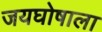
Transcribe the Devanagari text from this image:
जयघोषाला